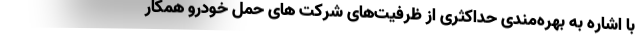
با اشاره به بهره‌مندی حداکثری از ظرفیت‌های شرکت های حمل خودرو همکار